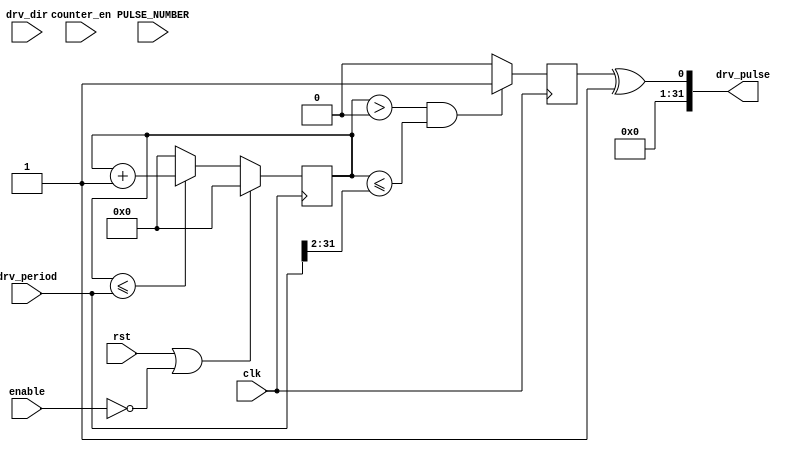
module PULSE    //         
#(
    parameter WIDTH = 16
)
(
    output [2*WIDTH-1:0]            drv_pulse,
   

    
    input                           clk,
                                    rst, 

                                    drv_dir,
                                    enable,
                                    counter_en,

    input [2*WIDTH-1:0]             drv_period,
                                    PULSE_NUMBER
                                                                                
);

reg                                 pulse_invert,
                                    drv_step;

reg [WIDTH-1:0]                     count_N,
                                    drv_count;
                                           
always @(posedge clk)
    begin
      if (rst || enable == 0)
        begin
          drv_count<=0;
        end
      else
        begin
          if (drv_count <= drv_period)
            drv_count <= drv_count + 1;
          else
            drv_count <= 0;
        end

      //      
      if (  (drv_count > 0) && (drv_count <= drv_period  >> 2))
        drv_step  <= 1;
      else
        drv_step  <= 0;

//  PULSE_NUMBER 
      if (counter_en)
        begin
          if (drv_count == 1)
            begin
              if (count_N <= PULSE_NUMBER)
                count_N <= count_N + 1;
              else
                count_N <= 0;
            end
        end
      else
        begin
          count_N <= 1'b0;
        end
    end
    

assign drv_pulse = drv_step ^ pulse_invert; 

endmodule